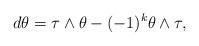
LaTeX: \begin{align*}d\theta = \tau\wedge\theta - (-1)^k \theta\wedge \tau,\end{align*}